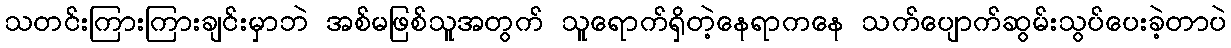
သတင်းကြားကြားချင်းမှာဘဲ အစ်မဖြစ်သူအတွက် သူရောက်ရှိတဲ့နေရာကနေ သက်ပျောက်ဆွမ်းသွပ်ပေးခဲ့တာပဲ